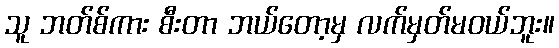
သူ ဘတ်စ်ကား စီးတာ ဘယ်တော့မှ လက်မှတ်မဝယ်ဘူး။